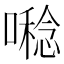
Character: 𡀝